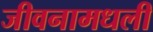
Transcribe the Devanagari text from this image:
जीवनामधली